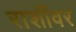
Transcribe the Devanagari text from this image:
राशींवर